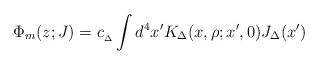
LaTeX: \begin{align*}{\Phi_m (z;J) = c_{_{\Delta}}\int d^4x' K_{\Delta} (x,\rho; x',0) J_{\Delta}(x') }\end{align*}